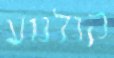
קולנוע